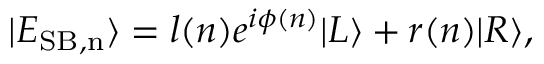
\begin{array} { r } { | E _ { \mathrm { S B , n } } \rangle = l ( n ) e ^ { i \phi ( n ) } | L \rangle + r ( n ) | R \rangle , } \end{array}